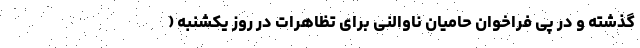
گذشته و در پی فراخوان حامیان ناوالنی برای تظاهرات در روز یکشنبه (